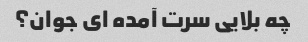
چه بلایی سرت آمده ای جوان؟